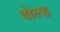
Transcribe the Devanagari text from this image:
वोल्ड